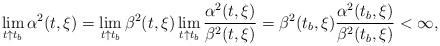
\begin{align*} \lim_{t\uparrow t_b} \alpha^2(t,\xi)=\lim_{t\uparrow t_b} \beta^2(t,\xi)\lim_{t\uparrow t_b}\frac{\alpha^2(t,\xi)}{\beta^2(t,\xi)}=\beta^2(t_b,\xi)\frac{\alpha^2(t_b,\xi)}{\beta^2(t_b,\xi)}<\infty,\end{align*}